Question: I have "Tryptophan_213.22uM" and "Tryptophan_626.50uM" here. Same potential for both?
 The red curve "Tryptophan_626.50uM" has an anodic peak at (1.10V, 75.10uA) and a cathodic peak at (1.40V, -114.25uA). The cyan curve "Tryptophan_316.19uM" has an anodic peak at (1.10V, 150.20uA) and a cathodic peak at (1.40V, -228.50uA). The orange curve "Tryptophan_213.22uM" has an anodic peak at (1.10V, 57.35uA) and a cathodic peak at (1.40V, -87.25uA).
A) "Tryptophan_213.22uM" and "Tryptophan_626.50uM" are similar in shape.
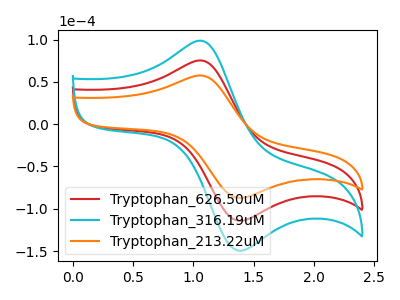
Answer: <think>All the peaks in "Tryptophan_213.22uM" have a peak in "Tryptophan_626.50uM" at the same potential. Every peak in "Tryptophan_213.22uM" is lower than every peak in "Tryptophan_626.50uM".
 </think>
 <answer>A) "Tryptophan_213.22uM" and "Tryptophan_626.50uM" are similar in shape.</answer>
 <eval>A</eval>